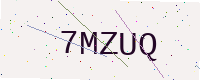
Text: 7MZUQ